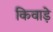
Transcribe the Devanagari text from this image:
किवाड़े